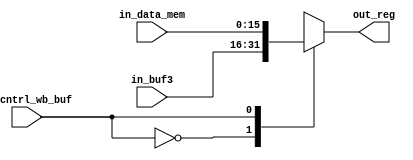
module m5(in_buf3,in_data_mem,in_cntrl_wb_buf,out_reg);

//input
input [15:0]in_buf3,in_data_mem;
input in_cntrl_wb_buf;

//output
output [15:0] out_reg;

//type
wire [15:0] in_buf3,in_data_mem;
wire in_cntrl_wb_buf;

reg [15:0] out_reg;

always@(*)
begin
case(in_cntrl_wb_buf)
1'b0: out_reg[15:0] = in_buf3[15:0];
1'b1: out_reg[15:0] = in_data_mem[15:0]; 
endcase
end
endmodule